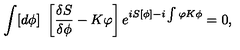
\int [ d \phi ] \ \left[ \frac { \delta S } { \delta \phi } - K \varphi \right] e ^ { i S [ \phi ] - i \int \varphi K \phi } = 0 ,